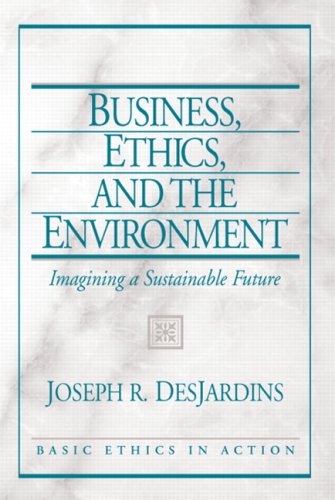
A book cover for Business, Ethics, and the Environment: Imagining a Sustainable Future; Joseph DesJardins; Business & Money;